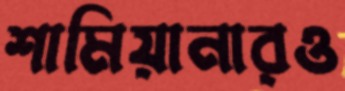
শামিয়ানারও